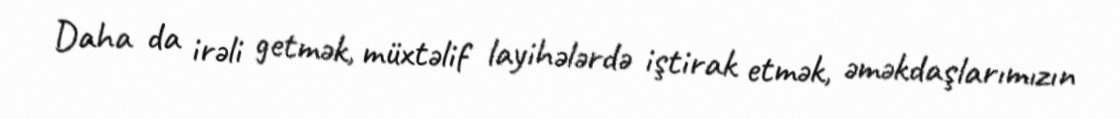
Daha da irəli getmək, müxtəlif layihələrdə iştirak etmək, əməkdaşlarımızın